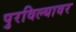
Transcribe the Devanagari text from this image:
पुरविल्यावर